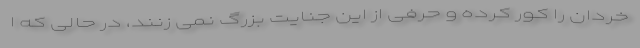
خردان را کور کرده و حرفی از این جنایت بزرگ نمی زنند، در حالی که ا